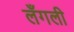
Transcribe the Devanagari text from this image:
लँगली